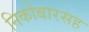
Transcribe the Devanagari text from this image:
निकोबारसह